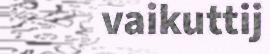
vaikuttij